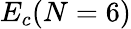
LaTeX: E_{c}(N=6)